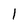
Character: 1